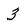
Character: 3